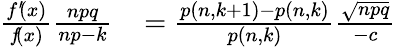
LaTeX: \begin{array}{rl}{{\frac{f^{\prime}\! (x)}{f\! (x)}}{\frac{npq}{np\! \, -\! \, k}}\! }&{{}={\frac{p\left(n,k+1\right)-p\left(n,k\right)}{p\left(n,k\right)}}{\frac{\sqrt{npq}}{-c}}}\end{array}